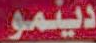
دينمو